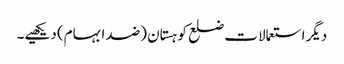
دیگر استعمالات ضلع کوہستان (ضد ابہام) دیکھیے۔